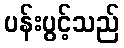
ပန်းပွင့်သည်